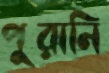
পুরানি